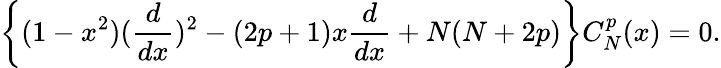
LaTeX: \left\{ (1-x^{2})({\frac{d}{dx}})^{2}-(2p+1)x{\frac{d}{dx}}+N(N+2p)\right\} C_{N}^{p}(x)=0.